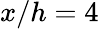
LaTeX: x/h=4